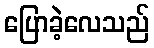
ပြောခဲ့လေသည်